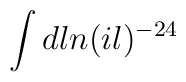
\int dl n(il)^{-24}